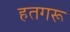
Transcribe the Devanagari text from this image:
हतगरू